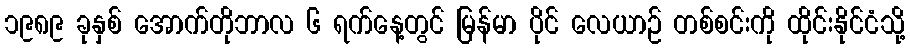
၁၉၈၉ ခုနှစ် အောက်တိုဘာလ ၆ ရက်နေ့တွင် မြန်မာ ပိုင် လေယာဉ် တစ်စင်းကို ထိုင်းနိုင်ငံသို့